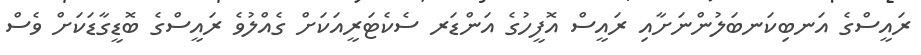
ރައީސްގެ އަނބިކަނބަލުންނަށާއި ރައީސް އޮފީހުގެ އަންޑަރ ސެކެޓަރީއަކަށް ގެއްލުވެ ރައީސްގެ ބޮޑީގާޑަކަށް ވެސް